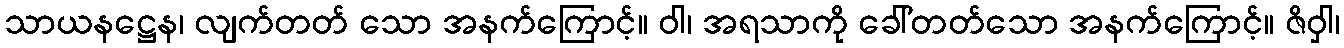
သာယနဋ္ဌေန၊ လျက်တတ် သော အနက်ကြောင့်။ ဝါ၊ အရသာကို ခေါ်တတ်သော အနက်ကြောင့်။ ဇိဝှါ၊